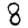
Digit: 8